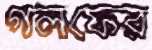
গলফের